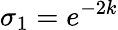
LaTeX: \sigma_{1}=e^{-2k}